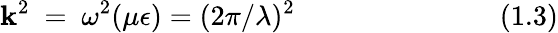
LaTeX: \mathbf{k}^{2}~=~\omega^{2}(\mu\epsilon)=(2\pi/\lambda)^{2}~~~~~~~~~~~~~~~~~~~~~~~~~~~~~(1.3)